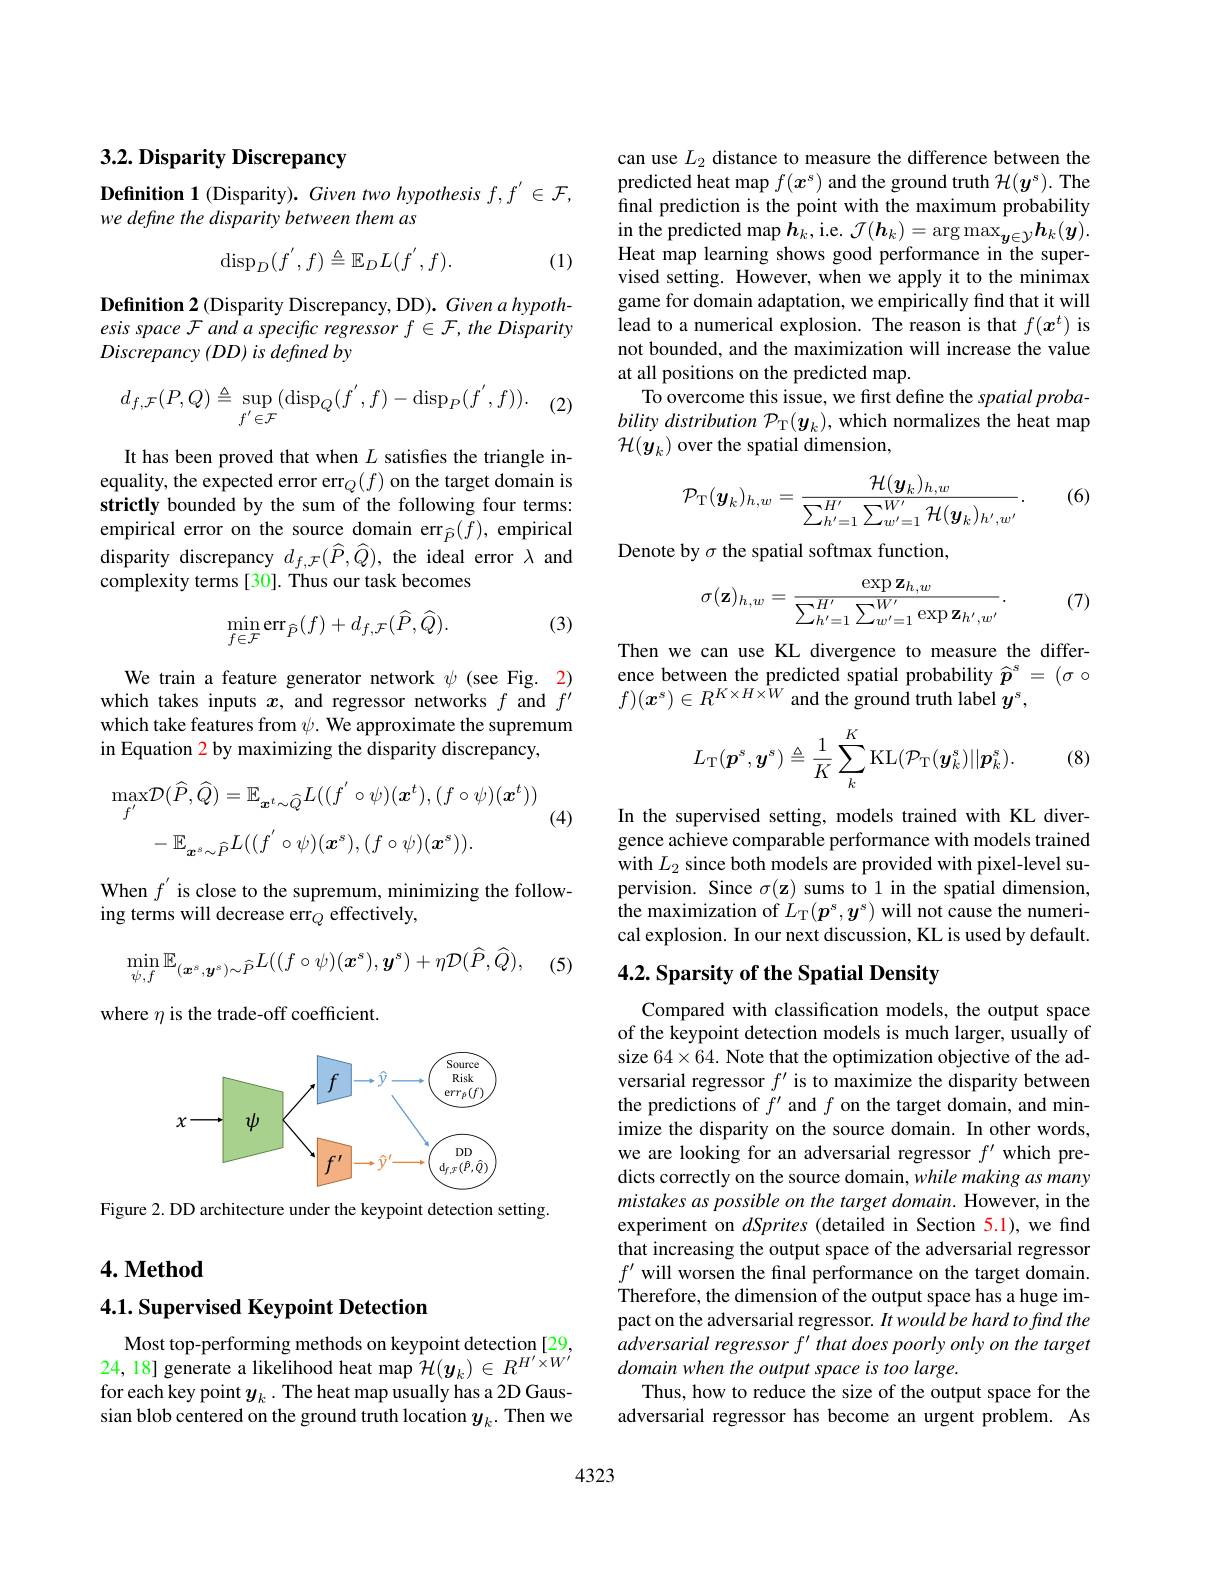
### $3. 2. \textbf{Disparity Discrepancy}$

Definition 1 (Disparity). Given two hypothesis $f,f^{\prime}\in\mathcal{F}$,
we define the disparity between them as
$$\operatorname{disp}_D(f^{'},f)\triangleq\mathbb{E}_DL(f^{'},f).$$
(1)

$\textbf{Definition 2 ( Disparity Discrepancy, DD) . Given a hypoth- }$ esis space F and a specific regressor $f\in\mathcal{F}$, the Disparity $Discrepancy\left ( DD\right ) is\textit{defined by}$

$\cdot$ (2)
$$d_{f,\mathcal{F}}(P,Q)\triangleq\sup\limits_{f'\in\mathcal{F}}(\operatorname{disp}_{Q}(f^{'},f)-\operatorname{disp}_{P}(f^{'},f)).$$
It has been proved that when $L$ satisfies the triangle inequality, the expected error err$_Q(f)$ on the target domain is strictly bounded by the sum of the following four terms: empirical error on the source domain err$_{\widehat{P}}(f)$, empirical disparity discrepancy $d_{f,\mathcal{F}}(\widehat{P},\widehat{Q})$, the ideal error $\lambda$ and complexity terms [30]. Thus our task becomes

(3)
$$\begin{aligned}\min_{f\in\mathcal{F}}\mathrm{err}_{\widehat{P}}(f)+d_{f,\mathcal{F}}(\widehat{P},\widehat{Q}).\end{aligned}$$
We train a feature generator network $\psi$ (see Fig. 2) which takes inputs $x$, and regressor networks $f$ and $f^\prime$ which take features from $\psi.$ We approximate the supremum in Equation 2 by maximizing the disparity discrepancy,

(4)
$$\begin{aligned}\max_{f^{'}}\mathcal{D}(\widehat{P},\widehat{Q})&=\mathbb{E}_{\boldsymbol{x}^{t}\sim\widehat{Q}}L((f^{'}\circ\psi)(\boldsymbol{x}^{t}),(f\circ\psi)(\boldsymbol{x}^{t}))\\&-\mathbb{E}_{\boldsymbol{x}^{s}\sim\widehat{P}}L((f^{'}\circ\psi)(\boldsymbol{x}^{s}),(f\circ\psi)(\boldsymbol{x}^{s})).\end{aligned}$$
When $f^{\prime}$ is close to the supremum, minimizing the follow-
ing terms will decrease err$_Q$ effectively,
$$\min_{\psi,f}\mathbb{E}_{(\boldsymbol{x}^{s},\boldsymbol{y}^{s})\sim\widehat{P}}L((f\circ\psi)(\boldsymbol{x}^{s}),\boldsymbol{y}^{s})+\eta\mathcal{D}(\widehat{P},\widehat{Q}),$$
(5)

where $\eta$ is the trade-off coefficient.

<FigureHere>

Figure 2. DD architecture under the keypoint detection setting.

## $4. \textbf{Method}$

## 4.1. Supervised Keypoint Detection

Most top-performing methods on keypoint detection [29, 24,18] generate a likelihood heat map $\mathcal{H}(\boldsymbol y_{k})\in R^{H^{\prime}\times W^{\prime}}$for each key point $\boldsymbol y_k\cdot$ The heat map usually has a 2D Gaussian blob centered on the ground truth location $y_k.$ Then we

can use $L_2$ distance to measure the difference between the predicted heat map $f(x^s)$ and the ground truth $\mathcal{H}(\boldsymbol y^s).$ The final prediction is the point with the maximum probability $\begin{array}{l}\mathrm{in~the~predicted~map~}h_k,\mathrm{i.e.~}\mathcal{J}(\boldsymbol{h}_k)=\arg\max_{\boldsymbol{y}\in\mathcal{Y}}\boldsymbol{h}_k(\boldsymbol{y}).\\\mathrm{Heat~map~learning~shows~good~performance~in~the~super-}\end{array}$ vised setting. However, when we apply it to the minimax game for domain adaptation, we empirically find that it will lead to a numerical explosion. The reason is that $f(\boldsymbol{x}^t)$ is not bounded, and the maximization will increase the value at all positions on the predicted map.
To overcome this issue, we first define the spatial probability distribution $\mathcal{P}_\mathrm{T}(\boldsymbol{y}_k)$, which normalizes the heat map $\mathcal{H}(\boldsymbol{y}_k)$ over the spatial dimension,

(6)
$$\mathcal{P}_{\mathrm{T}}(\boldsymbol{y}_{k})_{h,w}=\frac{\mathcal{H}(\boldsymbol{y}_{k})_{h,w}}{\sum_{h'=1}^{H'}\sum_{w'=1}^{W'}\mathcal{H}(\boldsymbol{y}_{k})_{h',w'}}.$$
Denote by $\sigma$ the spatial softmax function,

(7)
$$\sigma(\mathbf{z})_{h,w}=\frac{\exp\mathbf{z}_{h,w}}{\sum_{h'=1}^{H'}\sum_{w'=1}^{W'}\exp\mathbf{z}_{h',w'}}.$$
Then we can use KL divergence to measure the difference between the predicted spatial probability $\widehat{\boldsymbol{p}}^s=(\sigma\circ$ $f)(x^{s})\in R^{K\times H\times\hat{W}}$ and the ground truth label $y^s$,
$$L_{\mathrm{T}}(\boldsymbol{p}^{s},\boldsymbol{y}^{s})\triangleq\frac{1}{K}\sum_{k}^{K}\mathrm{KL}(\mathcal{P}_{\mathrm{T}}(\boldsymbol{y}_{k}^{s})||\boldsymbol{p}_{k}^{s}).$$
(8)

In the supervised setting, models trained with KL divergence achieve comparable performance with models trained with $L_2$ since both models are provided with pixel-level supervision. Since $\sigma(\mathbf{z})$ sums to 1 in the spatial dimension, the maximization of $L_{\mathrm{T}}(\boldsymbol{p}^s,\boldsymbol{y}^s)$ will not cause the numerical explosion. In our next discussion, KL is used by default.

## 4.2. Sparsity of the Spatial Density

Compared with classification models, the output space of the keypoint detection models is much larger, usually of size 64×64. Note that the optimization objective of the adversarial regressor $f^\prime$ is to maximize the disparity between the predictions of $f^\prime$ and $f$ on the target domain, and minimize the disparity on the source domain. In other words, we are looking for an adversarial regressor $f^\prime$ which predicts correctly on the source domain, while making as many mistakes as possible on the target domain. However, in the experiment on dSprites (detailed in Section 5.1), we find that increasing the output space of the adversarial regressor $f^{\prime}$ will worsen the final performance on the target domain. Therefore, the dimension of the output space has a huge impact on the adversarial regressor. $It\textit{wouldbe hard tofind the}$ adversarial regressor f' that does poorly only on the target domain when the output space is too large.
Thus, how to reduce the size of the output space for the adversarial regressor has become an urgent problem. As

4323